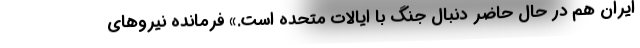
ایران هم در حال حاضر دنبال جنگ با ایالات متحده است.» فرمانده نیروهای